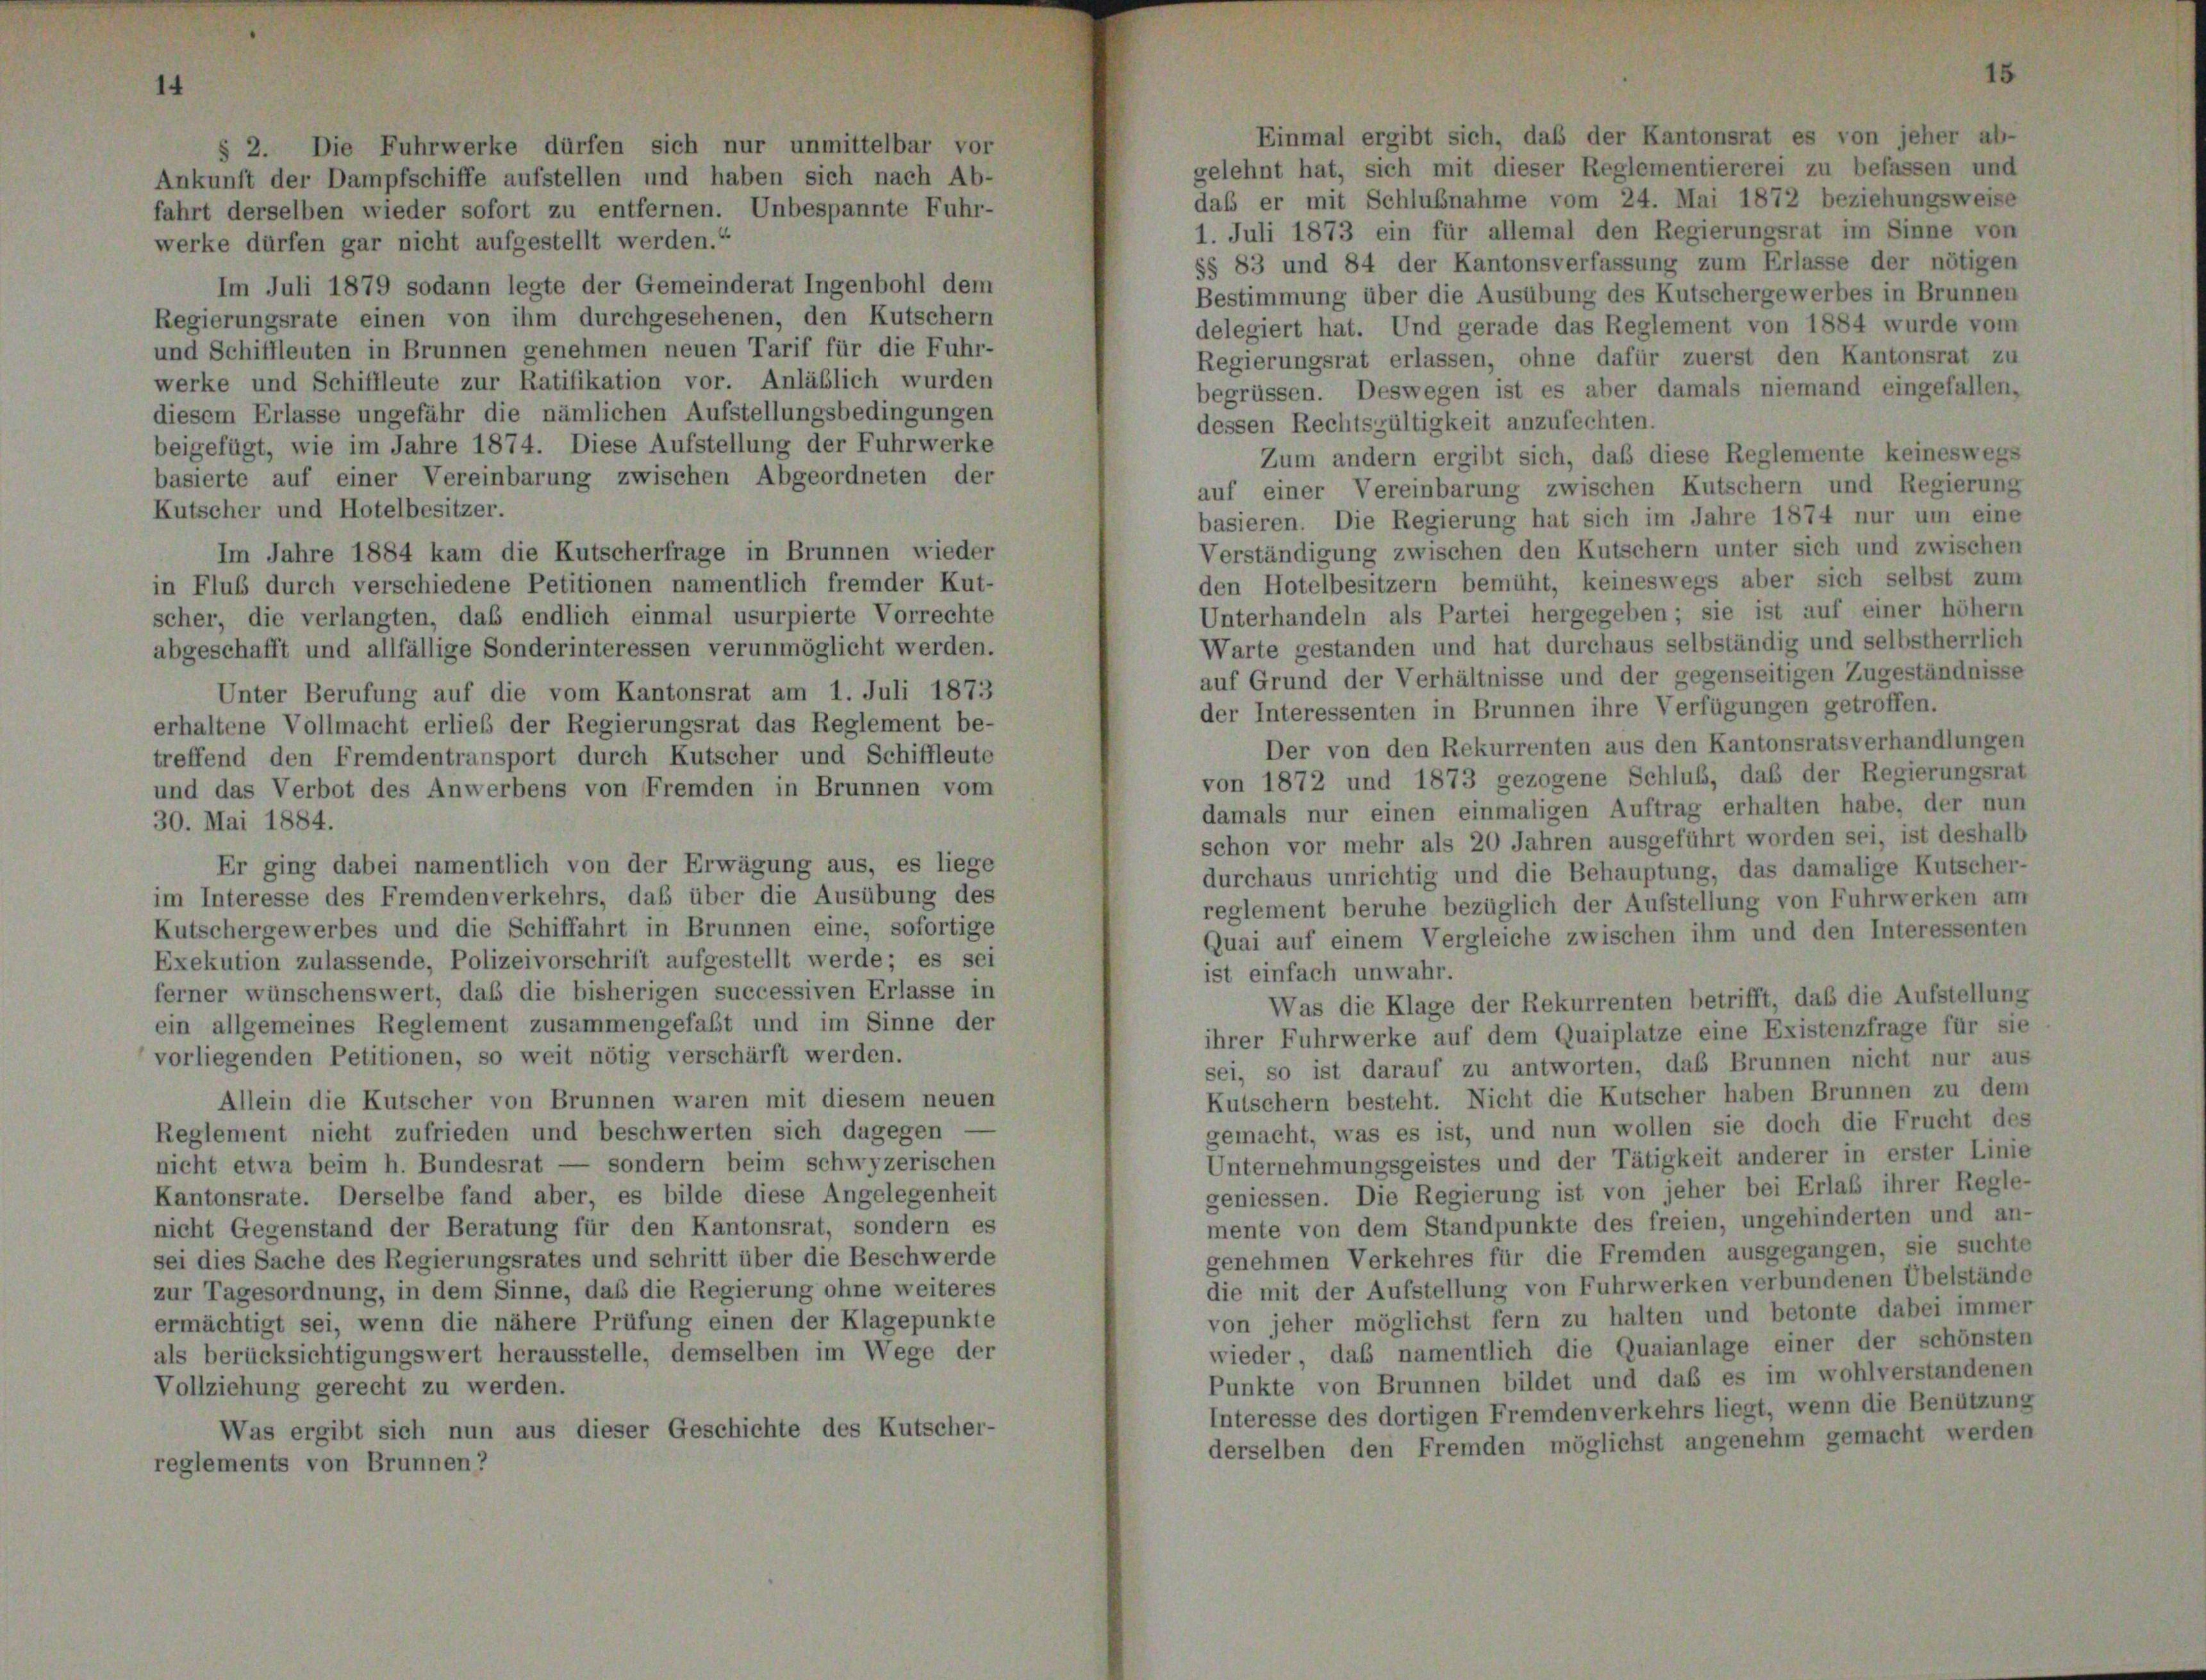
Im Juli 1879 sodann legte der Gemeinderat Ingenbohl dem
Regierungsrate einen von ihm durchgesehenen, den Kutschern
und Schiffleuten in Brunnen genehmen neuen Tarif für die Fuhr-
werke und Schiffleute zur Ratifikation vor. Anläßlich wurden
diesem Erlasse ungefähr die nämlichen Aufstellungsbedingungen
beigefügt, wie im Jahre 1874. Diese Aufstellung der Fuhrwerke
basierte auf einer Vereinbarung zwischen Abgeordneten der
Kutscher und Hotelbesitzer.
Im Jahre 1884 kam die Kutscherfrage in Brunnen wieder
in Fluß durch verschiedene Petitionen namentlich fremder Kut-
scher, die verlangten, daß endlich einmal usurpierte Vorrechte
abgeschafft und allfällige Sonderinteressen verunmöglicht werden.
Unter Berufung auf die vom Kantonsrat am 1. Juli 1873
erhaltene Vollmacht erlieb der Regierungsrat das Reglement be-
treffend den Fremdentransport durch Kutscher und Schiffleute
und das Verbot des Anwerbens von Fremden in Brunnen vom
30. Mai 1884.
Er ging dabei namentlich von der Erwägung aus, es liege
im Interesse des Fremdenverkehrs, daß über die Ausübung des
Kutschergewerbes und die Schiffahrt in Brunnen eine, sofortige
Exekution zulassende, Polizeivorschrift aufgestellt werde; es sei
ferner wünschenswert, daß die bisherigen successiven Erlasse in
ein allgemeines Reglement zusammengefaßt und im Sinne der
vorliegenden Petitionen, so weit nötig verschärft werden.
Allein die Kutscher von Brunnen waren mit diesem neuen
Reglement nicht zufrieden und beschwerten sich dagegen -
nicht etwa beim h. Bundesrat — sondern beim schwyzerischen
Kantonsrate. Derselbe fand aber, es bilde diese Angelegenheit
nicht Gegenstand der Beratung für den Kantonsrat, sondern es
sei dies Sache des Regierungsrates und schritt über die Beschwerde
zur Tagesordnung, in dem Sinne, daß die Regierung ohne weiteres
ermächtigt sei, wenn die nähere Prüfung einen der Klagepunkte
als berücksichtigungswert herausstelle, demselben im Wege der
Vollziehung gerecht zu werden.
Was ergibt sich nun aus dieser Geschichte des Kutscher-
reglements von Brunnen?

t der De
rselben
dürfen g

r nich

t aufge

t wei

nd ha
rnen.

f

en

h

gelehnt hat, sich mit dieser Reglementiererei zu befassen und
daß er mit Schlußnahme vom 24. Mai 1872 beziehungsweise
1. Juli 1873 ein für allemal den Regierungsrat im Sinne von
§§ 83 und 84 der Kantonsverfassung zum Erlasse der nötigen
Bestimmung über die Ausübung des Kutschergewerbes in Brunnen
delegiert hat. Und gerade das Reglement von 1884 wurde vom
Regierungsrat erlassen, ohne dafür zuerst den Kantonsrat zu
begrüssen. Deswegen ist es aber damals niemand eingefallen,
dessen Rechtsgültigkeit anzufechten.
Zum andern ergibt sich, daß diese Reglemente keineswegs
auf einer Vereinbarung zwischen Kutschern und Regierung
basieren. Die Regierung hat sich im Jahre 1874 nur um eine
Verständigung zwischen den Kutschern unter sich und zwischen
den Hotelbesitzern bemüht, keineswegs aber sich selbst zum
Unterhandeln als Partei hergegeben; sie ist auf einer höher
Warte gestanden und hat durchaus selbständig und selbstherrlich
auf Grund der Verhältnisse und der gegenseitigen Zugeständnisse
der Interessenten in Brunnen ihre Verfügungen getroffen.
Der von den Rekurrenten aus den Kantonsratsverhandlungen
von 1872 und 1873 gezogene Schluß, daß der Regierungsrat
damals nur einen einmaligen Auftrag erhalten habe, der nun
schon vor mehr als 20 Jahren ausgeführt worden sei, ist deshalb
durchaus unrichtig und die Behauptung, das damalige Kutscher-
reglement beruhe bezüglich der Aufstellung von Fuhrwerken am
Quai auf einem Vergleiche zwischen ihm und den Interessenten
ist einfach unwahr.
Was die Klage der Rekurrenten betrifft, daß die Aufstellung
ihrer Fuhrwerke auf dem Quaiplatze eine Existenzfrage für sie
sei, so ist darauf zu antworten, das Brunnen nicht nur aus
Kutschern besteht. Nicht die Kutscher haben Brunnen zu dem
gemacht, was es ist, und nun wollen sie doch die Frucht des
Unternehmungsgeistes und der Tätigkeit anderer in erster Linie
geniessen. Die Regierung ist von jeher bei Erlaß ihrer Regle-
mente von dem Standpunkte des freien, ungehinderten und an-
genehmen Verkehres für die Fremden ausgegangen, sie suchte
die mit der Aufstellung von Fuhrwerken verbundenen Übelstände
von jeher möglichst fern zu halten und betonte dabei immer
wieder, daß namentlich die Quaianlage einer der schönsten
Punkte von Brunnen bildet und daß es im wohlverstandenen
Interesse des dortigen Fremdenverkehrs liegt, wenn die Benützung
derselben den Fremden möglichst angenehm gemacht werden